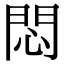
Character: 悶